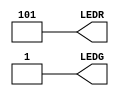
module firstcode(LEDR, LEDG);
output [2:0] LEDR;
output [0:0] LEDG;
assign LEDR [0] = 1;
assign LEDR [1] = 0;
assign LEDR [2] = 1;
assign LEDG [0] = 1;
endmodule